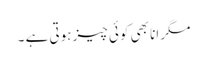
مگر انا بھی کوئی چیز ہوتی ہے ۔